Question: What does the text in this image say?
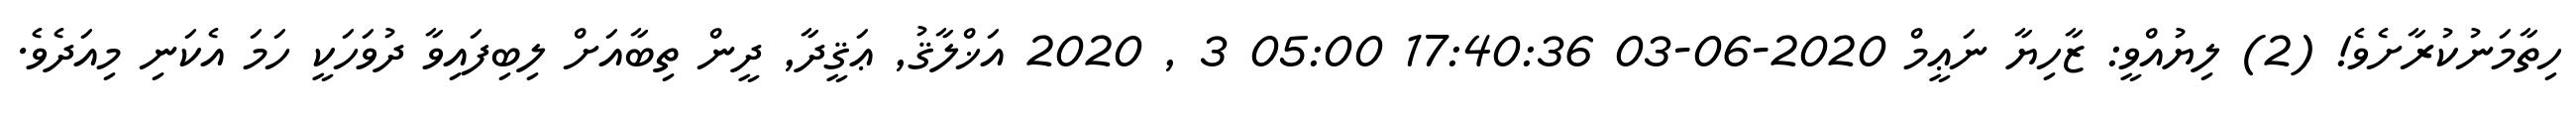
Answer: ހިތާމަނުކުރާށެވެ! (2) ލިޔުއްވީ: ޒާހިޔާ ނަޢީމް 2020-06-03 17:40:36 05:00 3 , 2020 އަޚްލާޤު, ޢަޤީދާ, ދީން ތިބާއަށް ލިބިފައިވާ ދުވަހަކީ ހަމަ އެކަނި މިއަދެވެ.